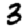
Digit: 3